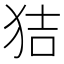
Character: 狤